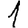
Digit: 1